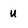
Character: u